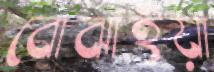
বোঝাইয়া